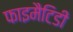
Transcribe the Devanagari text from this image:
फाइमैटिडी